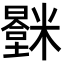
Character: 𬖻